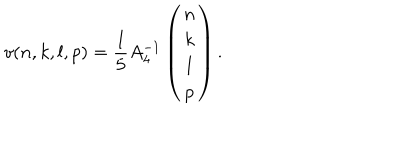
LaTeX: v ( n , k , l , p ) = \frac { 1 } { 5 } A _ { 4 } ^ { - 1 } \left( \begin{array} { c } { { n } } \\ { { k } } \\ { { l } } \\ { { p } } \\ \end{array} \right) .